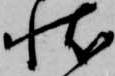
状